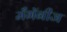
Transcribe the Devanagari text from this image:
मँगॅनीज